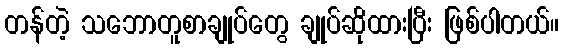
တန်တဲ့ သဘောတူစာချုပ်တွေ ချုပ်ဆိုထားပြီး ဖြစ်ပါတယ်။